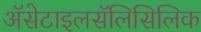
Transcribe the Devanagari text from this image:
ॲसेटाइलसॅलिसिलिक